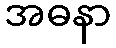
အဓနာ